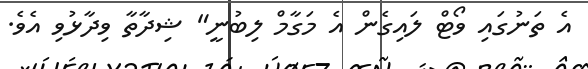
އެ ތަނުގައި ވޯޓް ލައިގެން އެ މަގާމް ލިބުނީ" ޝިދާތާ ވިދާޅުވި އެވެ.